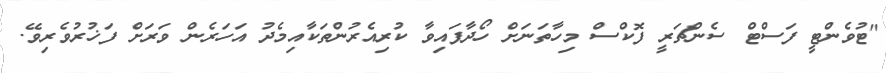
"ޓުވެންޓީ ފަސްޓް ސެންޗަރީ ފޮކްސް މިހާތަނަށް ހޯދާފައިވާ ކުރިއެރުންތަކާއިމެދު އަހަރެން ވަރަށް ފަޚުރުވެރިވޭ.